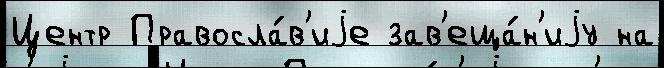
Центр Правосла́в'иjе зав'еща́н'иjу на